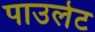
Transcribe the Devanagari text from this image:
पाउलेट